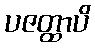
ပဇတ္ထာပိ